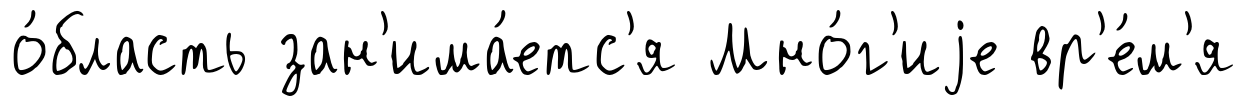
о́бласть зан'има́етс'я Мно́г'иjе вр'е́м'я